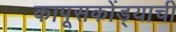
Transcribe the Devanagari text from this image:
कापूसकोंड्याची